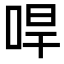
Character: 哻